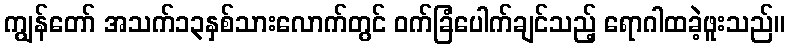
ကျွန်တော် အသက်၁၃နှစ်သားလောက်တွင် ဝက်ခြံပေါက်ချင်သည့် ရောဂါထခဲ့ဖူးသည်။